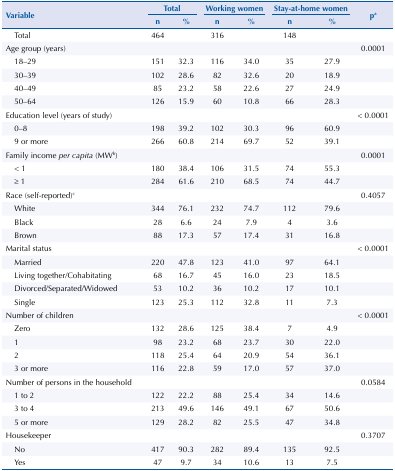
<table><thead><tr><td rowspan="2" colspan="2"><b>Variable</b></td><td colspan="2"><b>Total</b></td><td colspan="2"><b>Working women</b></td><td colspan="2"><b>Stay-at-home women</b></td><td rowspan="2"><b>pa</b></td></tr><tr><td><b>n</b></td><td><b>%</b></td><td><b>n</b></td><td><b>%</b></td><td><b>n</b></td><td><b>%</b></td></tr></thead><tbody><tr><td></td><td>Total</td><td>464</td><td></td><td>316</td><td></td><td>148</td><td></td><td></td></tr><tr><td colspan="2">Age group (years)</td><td></td><td></td><td></td><td></td><td></td><td></td><td>0.0001</td></tr><tr><td></td><td>18–29</td><td>151</td><td>32.3</td><td>116</td><td>34.0</td><td>35</td><td>27.9</td><td></td></tr><tr><td></td><td>30–39</td><td>102</td><td>28.6</td><td>82</td><td>32.6</td><td>20</td><td>18.9</td><td></td></tr><tr><td></td><td>40–49</td><td>85</td><td>23.2</td><td>58</td><td>22.6</td><td>27</td><td>24.9</td><td></td></tr><tr><td></td><td>50–64</td><td>126</td><td>15.9</td><td>60</td><td>10.8</td><td>66</td><td>28.3</td><td></td></tr><tr><td colspan="2">Education level (years of study)</td><td></td><td></td><td></td><td></td><td></td><td></td><td>&lt; 0.0001</td></tr><tr><td></td><td>0–8</td><td>198</td><td>39.2</td><td>102</td><td>30.3</td><td>96</td><td>60.9</td><td></td></tr><tr><td></td><td>9 or more</td><td>266</td><td>60.8</td><td>214</td><td>69.7</td><td>52</td><td>39.1</td><td></td></tr><tr><td colspan="2">Family income <i>per capita</i> (MWb)</td><td></td><td></td><td></td><td></td><td></td><td></td><td>0.0001</td></tr><tr><td></td><td>&lt; 1</td><td>180</td><td>38.4</td><td>106</td><td>31.5</td><td>74</td><td>55.3</td><td></td></tr><tr><td></td><td>≥ 1</td><td>284</td><td>61.6</td><td>210</td><td>68.5</td><td>74</td><td>44.7</td><td></td></tr><tr><td colspan="2">Race (self-reported)c</td><td></td><td></td><td></td><td></td><td></td><td></td><td>0.4057</td></tr><tr><td></td><td>White</td><td>344</td><td>76.1</td><td>232</td><td>74.7</td><td>112</td><td>79.6</td><td></td></tr><tr><td></td><td>Black</td><td>28</td><td>6.6</td><td>24</td><td>7.9</td><td>4</td><td>3.6</td><td></td></tr><tr><td></td><td>Brown</td><td>88</td><td>17.3</td><td>57</td><td>17.4</td><td>31</td><td>16.8</td><td></td></tr><tr><td colspan="2">Marital status</td><td></td><td></td><td></td><td></td><td></td><td></td><td>&lt; 0.0001</td></tr><tr><td></td><td>Married</td><td>220</td><td>47.8</td><td>123</td><td>41.0</td><td>97</td><td>64.1</td><td></td></tr><tr><td></td><td>Living together/Cohabitating</td><td>68</td><td>16.7</td><td>45</td><td>16.0</td><td>23</td><td>18.5</td><td></td></tr><tr><td></td><td>Divorced/Separated/Widowed</td><td>53</td><td>10.2</td><td>36</td><td>10.2</td><td>17</td><td>10.1</td><td></td></tr><tr><td></td><td>Single</td><td>123</td><td>25.3</td><td>112</td><td>32.8</td><td>11</td><td>7.3</td><td></td></tr><tr><td colspan="2">Number of children</td><td></td><td></td><td></td><td></td><td></td><td></td><td>&lt; 0.0001</td></tr><tr><td></td><td>Zero</td><td>132</td><td>28.6</td><td>125</td><td>38.4</td><td>7</td><td>4.9</td><td></td></tr><tr><td></td><td>1</td><td>98</td><td>23.2</td><td>68</td><td>23.7</td><td>30</td><td>22.0</td><td></td></tr><tr><td></td><td>2</td><td>118</td><td>25.4</td><td>64</td><td>20.9</td><td>54</td><td>36.1</td><td></td></tr><tr><td></td><td>3 or more</td><td>116</td><td>22.8</td><td>59</td><td>17.0</td><td>57</td><td>37.0</td><td></td></tr><tr><td colspan="2">Number of persons in the household</td><td></td><td></td><td></td><td></td><td></td><td></td><td>0.0584</td></tr><tr><td></td><td>1 to 2</td><td>122</td><td>22.2</td><td>88</td><td>25.4</td><td>34</td><td>14.6</td><td></td></tr><tr><td></td><td>3 to 4</td><td>213</td><td>49.6</td><td>146</td><td>49.1</td><td>67</td><td>50.6</td><td></td></tr><tr><td></td><td>5 or more</td><td>129</td><td>28.2</td><td>82</td><td>25.5</td><td>47</td><td>34.8</td><td></td></tr><tr><td colspan="2">Housekeeper</td><td></td><td></td><td></td><td></td><td></td><td></td><td>0.3707</td></tr><tr><td></td><td>No</td><td>417</td><td>90.3</td><td>282</td><td>89.4</td><td>135</td><td>92.5</td><td></td></tr><tr><td></td><td>Yes</td><td>47</td><td>9.7</td><td>34</td><td>10.6</td><td>13</td><td>7.5</td><td></td></tr></tbody></table>